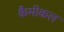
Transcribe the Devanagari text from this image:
कैमीकल